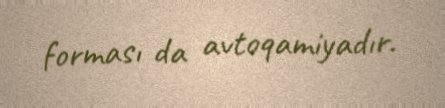
forması da avtoqamiyadır.